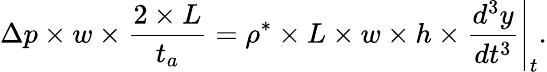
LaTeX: \Delta p\times w\times\frac{2\times L}{t_{a}}=\rho^{*}\times L\times w\times h\times\frac{d^{3}y}{dt^{3}}\Bigg\rvert_{t}.